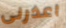
اعذرنى